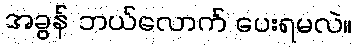
အခွန် ဘယ်လောက် ပေးရမလဲ။